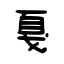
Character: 戛